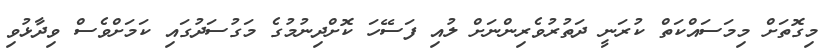
މިގޮތަށް މިމަސައްކަތް ކުރަނީ ދަތުރުވެރިންނަށް ލުއި ފަސޭހަ ކޮށްދިނުމުގެ މަގުސަދުގައި ކަމަށްވެސް ވިދާޅުވި